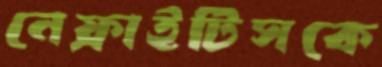
নেফ্রাইটিসকে